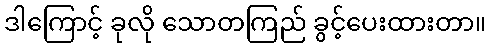
ဒါကြောင့် ခုလို သောတကြည် ခွင့်ပေးထားတာ။